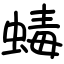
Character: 蝳